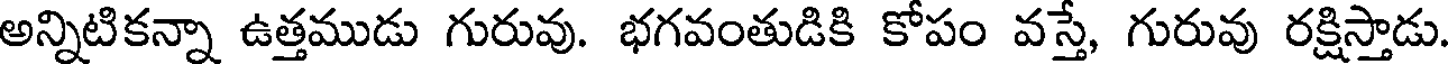
అన్నిటికన్నా ఉత్తముడు గురువు. భగవంతుడికి కోపం వస్తె, గురువు రక్షిస్తాడు.